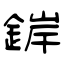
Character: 錌